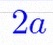
2a